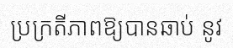
ប្រក្រតីភាពឱ្យបានឆាប់ នូវ